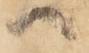
へ